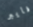
فايبر